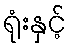
ရုံးနှင့်